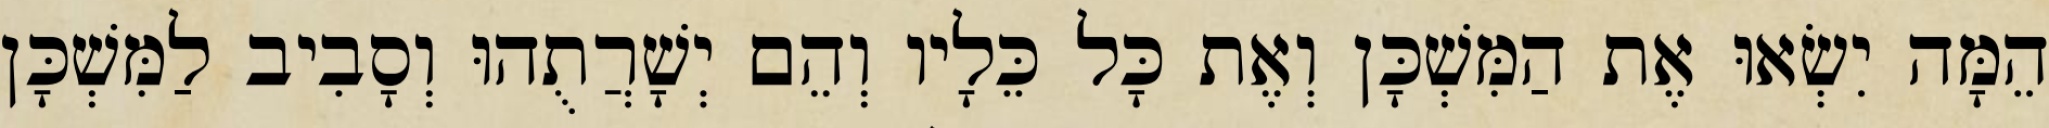
הֵמָּה יִשְׂאוּ אֶת הַמִּשְׁכָּן וְאֶת כָּל כֵּלָיו וְהֵם יְשָׁרֲתֻהוּ וְסָבִיב לַמִּשְׁכָּן